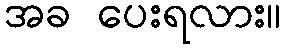
အခ ပေးရလား။